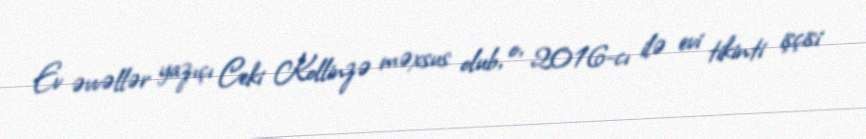
Ev əvvəllər yazıçı Ceki Kollinzə məxsus olub, o, 2016-cı ilə evi tikinti işçisi